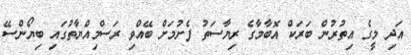
އަދި މީގެ އިތުރުން ބަރަކް އޮބާމާގެ ރިޔާސަތު ފެށުމަށް ބޭއްވި ރަސްމިއްޔާތުގައި ބިޔޯންސޭ